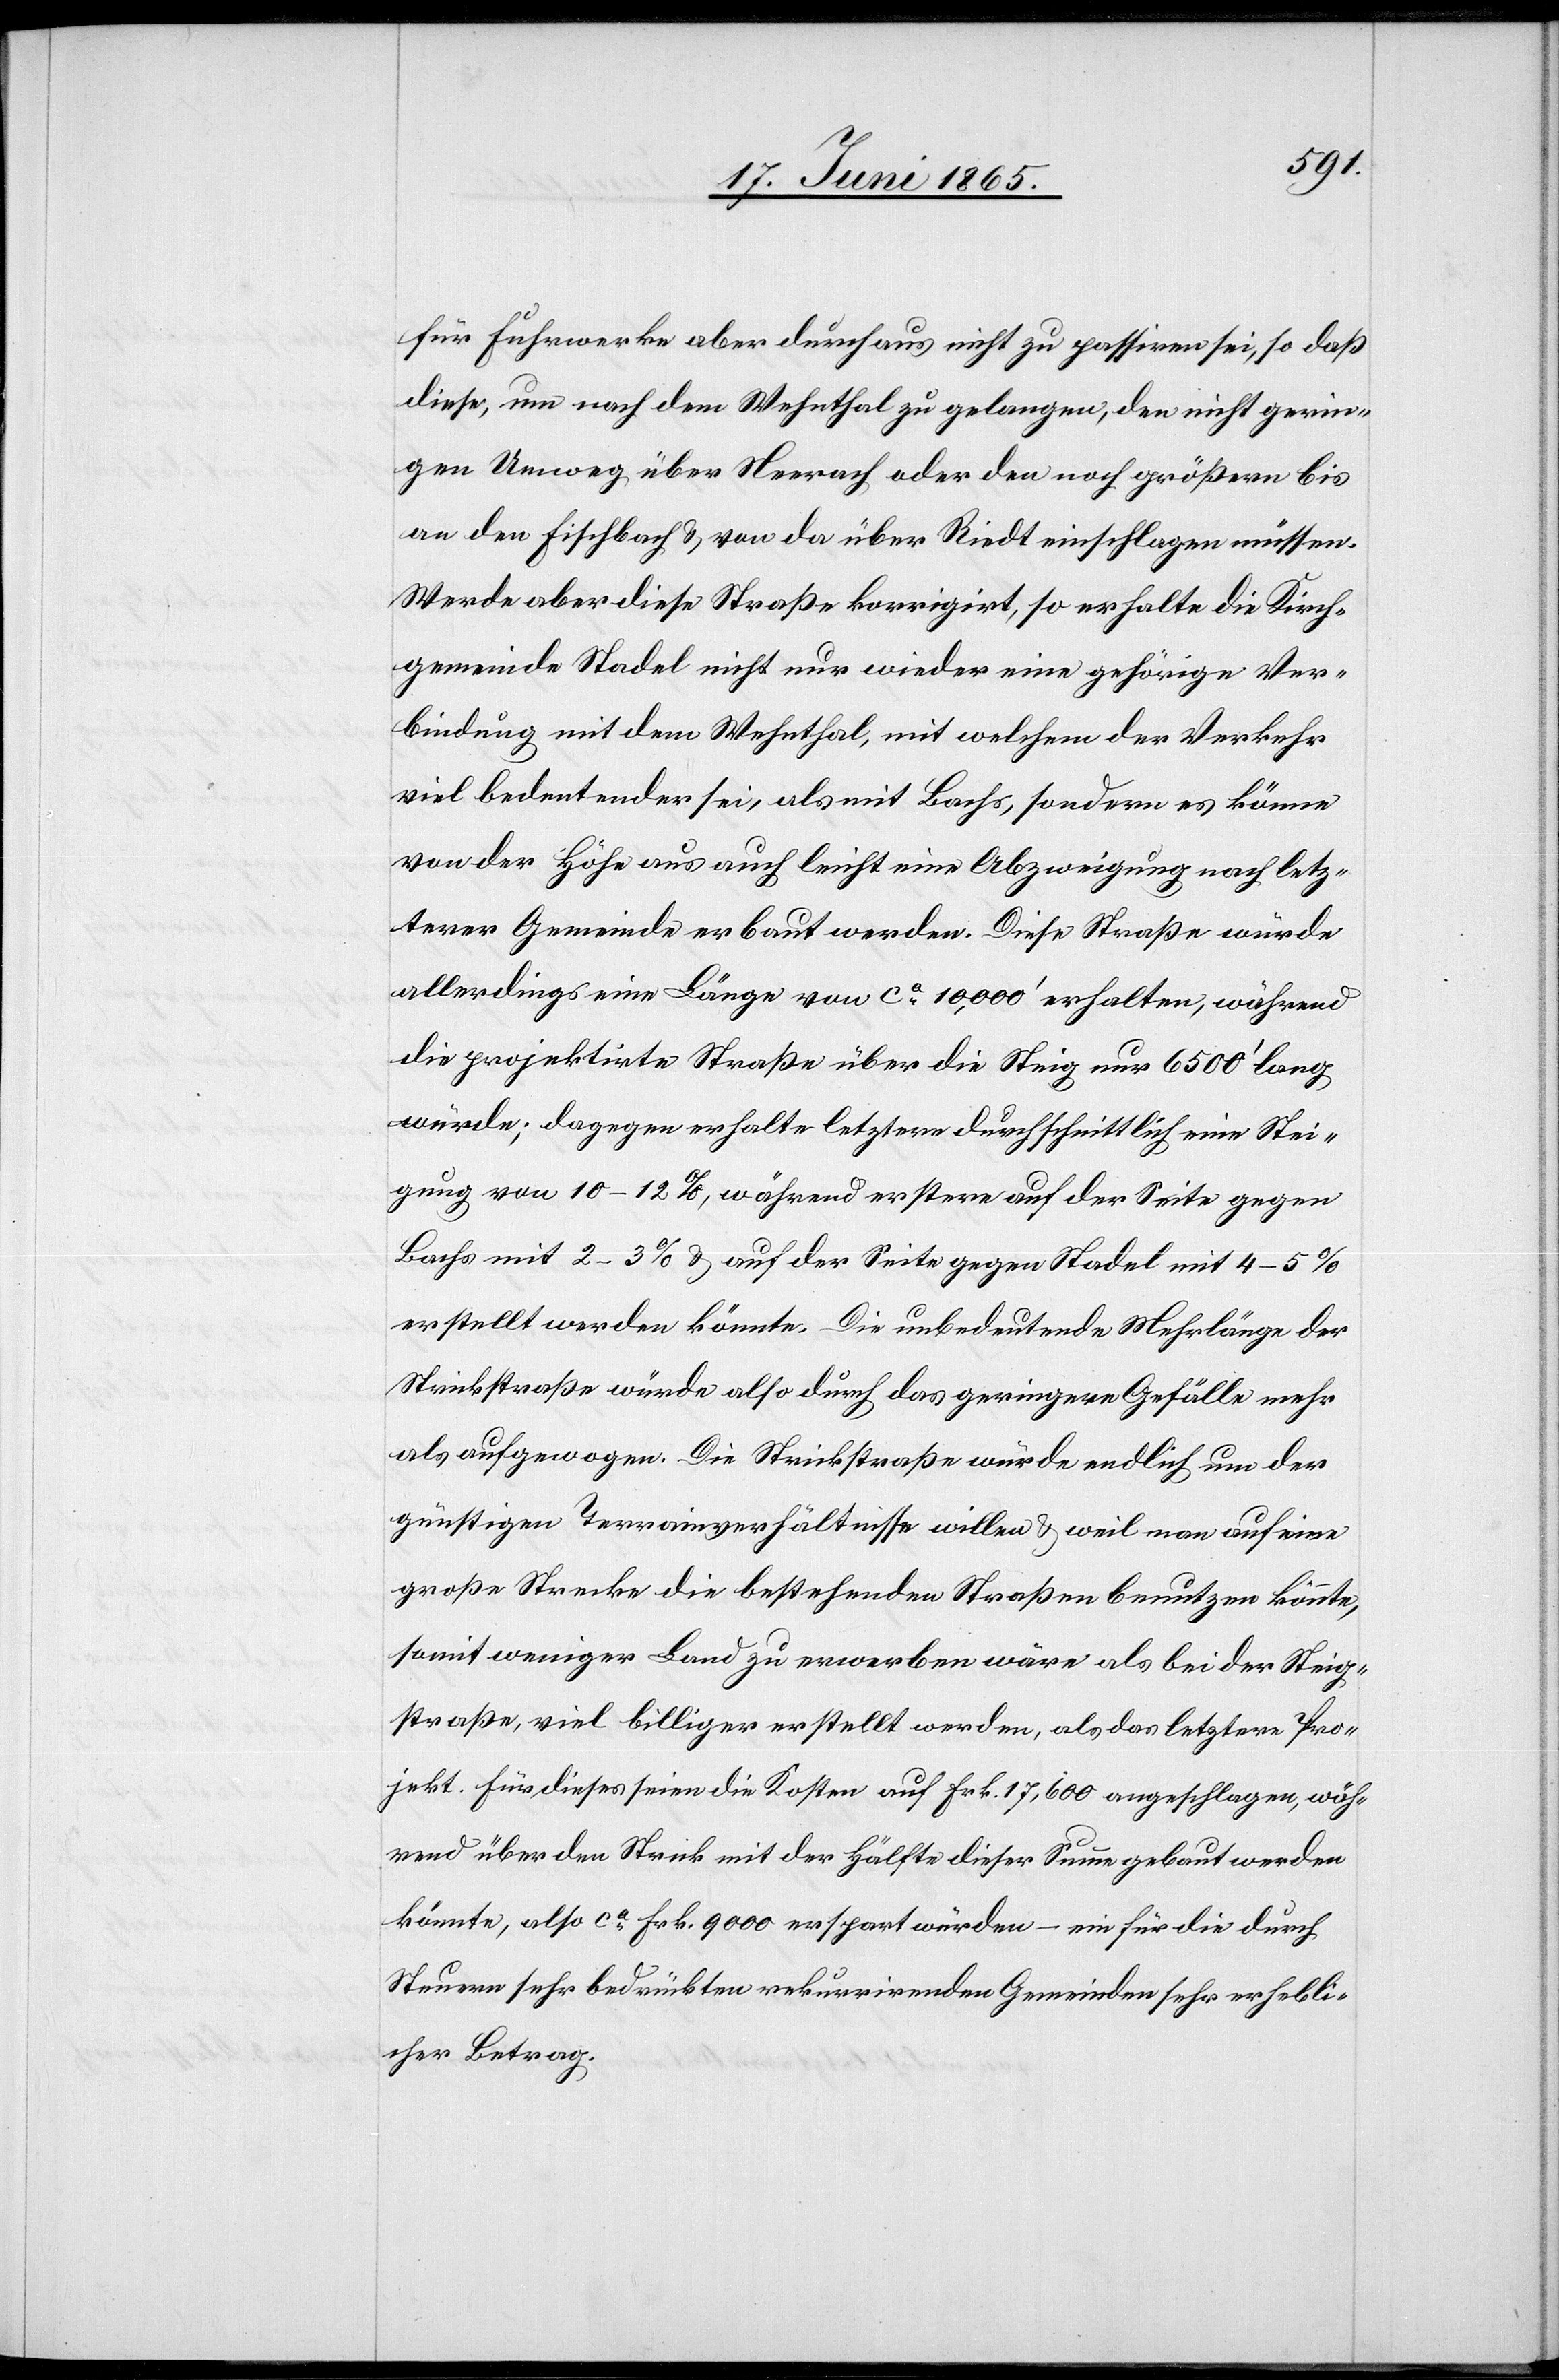
für Fuhrwerke aber durchaus nicht zu passiren sei, so daß
diese, um nach dem Wehnthal zu gelangen, den nicht gerin¬
gen Umweg über Neerach oder den noch größern bis
an den Fischbach & von da über Riedt einschlagen müssen.
Werde aber diese Straße korrigirt, so erhalte die Kirch¬
gemeinde Stadel nicht nur wieder eine gehörige Ver¬
bindung mit dem Wehnthal, mit welchem der Verkehr
viel bedeutender sei, als mit Bachs, sondern es könne
von der Höhe aus auch leicht eine Abzweigung nach letz¬
terer Gemeinde erbaut werden. Diese Straße würde
allerdings eine Länge von ca 10,000’ erhalten, während
die projektirte Straße über die Steig nur 6500’ lang
würde; dagegen erhalte letztere durchschnittlich eine Stei¬
gung von 10–12 %, während erstere auf der Seite gegen
Bachs mit 2–3 % & auf der Seite gegen Stadel mit 4–5 %
erstellt werden könnte. Die unbedeutende Mehrlänge der
Strickstraße würde also durch das geringere Gefälle mehr
als aufgewogen. Die Strickstraße würde endlich um der
günstigen Terrainverhältnisse willen & weil man auf eine
große Strecke die bestehenden Straßen benutzen könnte,
somit weniger Land zu erwerben wäre als bei der Steig¬
straße, viel billiger erstellt werden, als das letztere Pro¬
jekt. Für dieses seien die Kosten auf Frk. 17,600 angeschlagen, wäh¬
rend über den Strick mit der Hälfte dieser Summe gebaut werden
könnte, also ca Frk. 9000 erspart würden – ein für die durch
Steuern sehr bedrückten rekurrirenden Gemeinden sehr erhebli¬
cher Betrag.